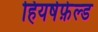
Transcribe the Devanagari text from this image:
हियर्षफ़ेल्ड